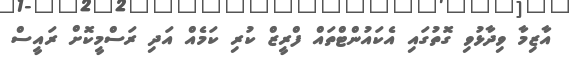
އާޒިމާ ވިދާޅުވި ގޮތުގައި އެކައުންޓްތައް ފްރީޒް ކުރި ކަމެއް އަދި ރަސްމީކޮށް ރައީސް